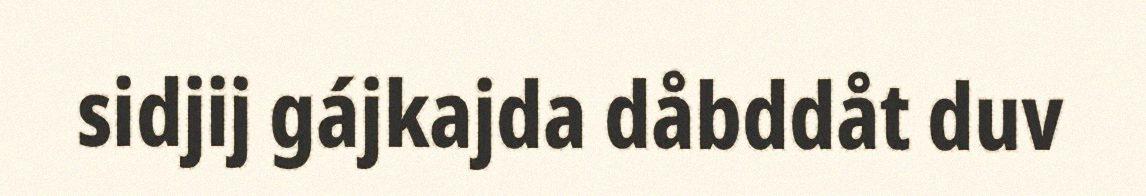
sidjij gájkajda dåbddåt duv